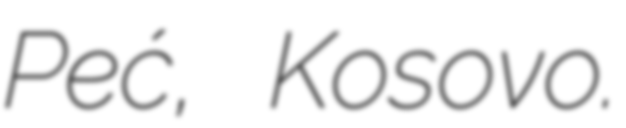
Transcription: Peć, Kosovo.